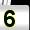
Digit: 5